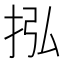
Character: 𢫠